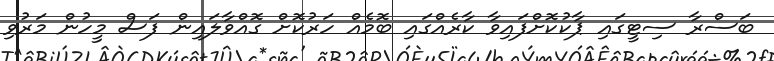
ބަސްރާ ސިޓީގައި ޕާކުކޮށްފައިވާ ކާރެއްގައި ބޮމެއް ހަރުކޮށް ގޮއްވާލައިން ފަސް މީހުން މަރުވި